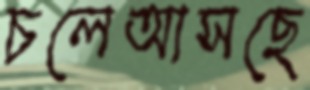
চলেআসছে